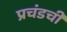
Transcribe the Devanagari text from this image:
प्रचंडची